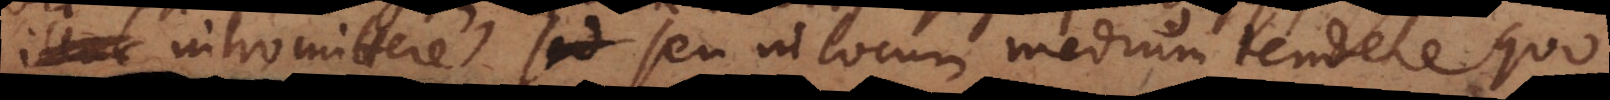
c intromittere seu in locum medium tendere quo